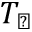
T _ { \perp }